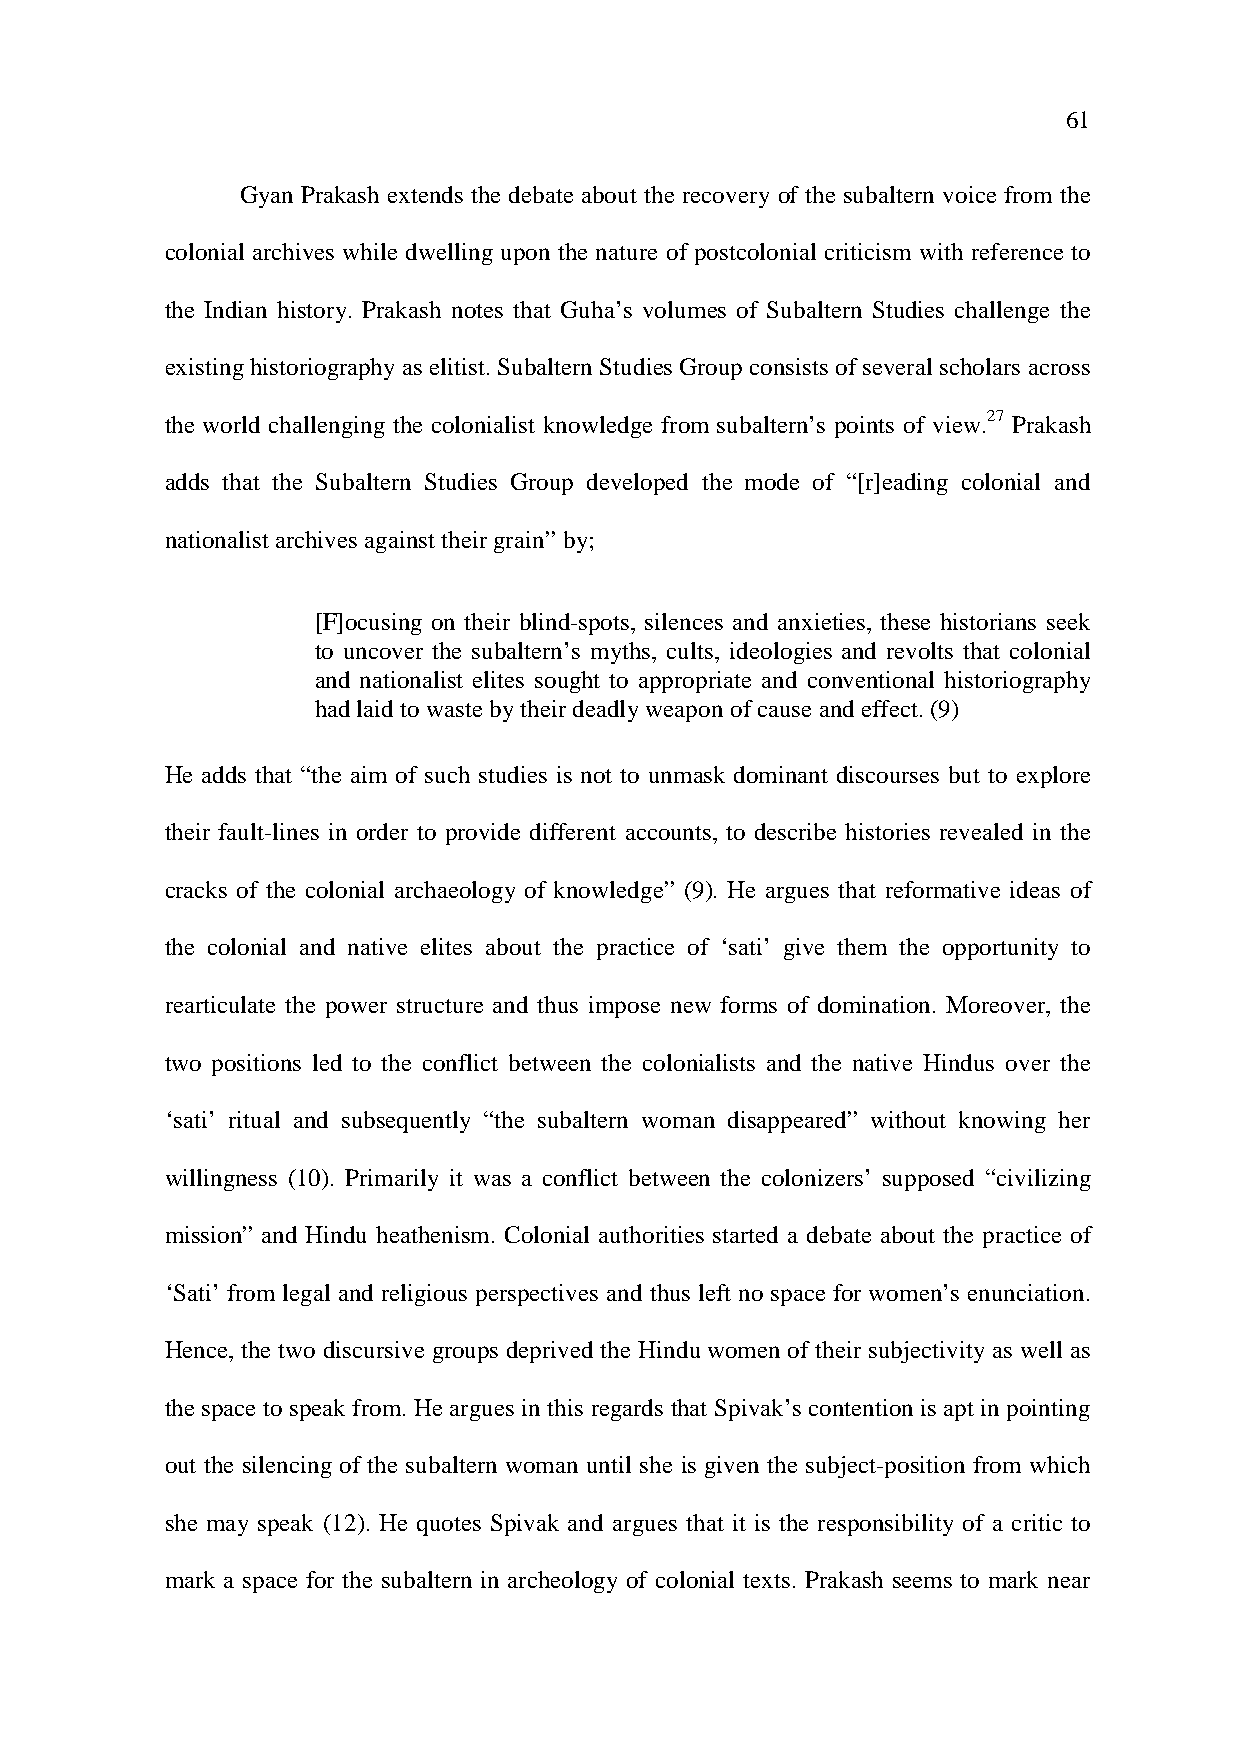
61
 Gyan Prakash extends the debate about the recovery of the subaltern voice from the
 colonial archives while dwelling upon the nature of postcolonial criticism with reference to
 the Indian history. Prakash notes that Guha’s volumes of Subaltern Studies challenge the
 existing historiography as elitist. Subaltern Studies Group consists of several scholars across
 the world challenging the colonialist knowledge from subaltern’s points of view.27 Prakash
 adds that the Subaltern Studies Group developed the mode of “[r]eading colonial and
 nationalist archives against their grain” by;
 [F]ocusing on their blind-spots, silences and anxieties, these historians seek
 to uncover the subaltern’s myths, cults, ideologies and revolts that colonial
 and nationalist elites sought to appropriate and conventional historiography
 had laid to waste by their deadly weapon of cause and effect. (9)
 He adds that “the aim of such studies is not to unmask dominant discourses but to explore
 their fault-lines in order to provide different accounts, to describe histories revealed in the
 cracks of the colonial archaeology of knowledge” (9). He argues that reformative ideas of
 the colonial and native elites about the practice of ‘sati’ give them the opportunity to
 rearticulate the power structure and thus impose new forms of domination. Moreover, the
 two positions led to the conflict between the colonialists and the native Hindus over the
 ‘sati’ ritual and subsequently “the subaltern woman disappeared” without knowing her
 willingness (10). Primarily it was a conflict between the colonizers’ supposed “civilizing
 mission” and Hindu heathenism. Colonial authorities started a debate about the practice of
 ‘Sati’ from legal and religious perspectives and thus left no space for women’s enunciation.
 Hence, the two discursive groups deprived the Hindu women of their subjectivity as well as
 the space to speak from. He argues in this regards that Spivak’s contention is apt in pointing
 out the silencing of the subaltern woman until she is given the subject-position from which
 she may speak (12). He quotes Spivak and argues that it is the responsibility of a critic to
 mark a space for the subaltern in archeology of colonial texts. Prakash seems to mark near